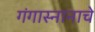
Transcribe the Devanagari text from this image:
गंगास्नानाचे